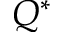
Q ^ { * }